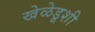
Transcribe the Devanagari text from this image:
खेळेडूशी